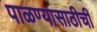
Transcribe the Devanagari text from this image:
पाळण्यासाठीची